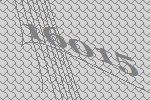
16015